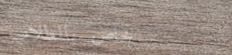
خاص بالطلاب